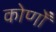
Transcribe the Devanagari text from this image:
कोणोँ